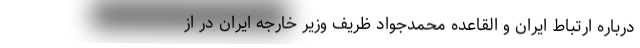
درباره ارتباط ایران و القاعده محمدجواد ظریف وزیر خارجه ایران در از